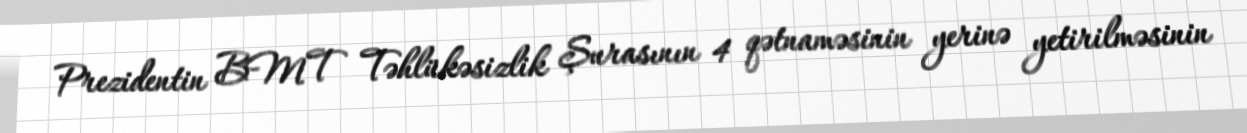
Prezidentin BMT Təhlükəsizlik Şurasının 4 qətnaməsinin yerinə yetirilməsinin